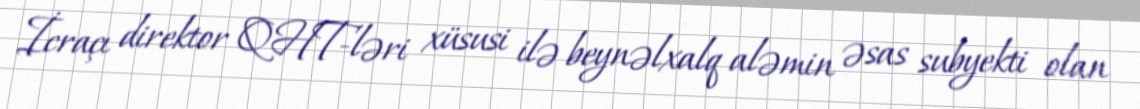
İcraçı direktor QHT-ləri xüsusi ilə beynəlxalq aləmin əsas subyekti olan